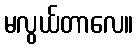
မလွယ်တာလေ။